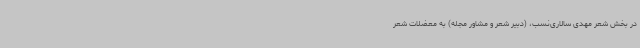
در بخش شعر مهدی سالاری‌نسب، (دبیر شعر و مشاور مجله) به معضلات شعر